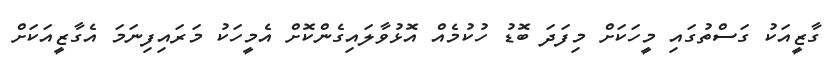
ގާޒީއަކު ގަސްތުގައި މީހަކަށް މިފަދަ ބޮޑު ހުކުމެއް އޮޅުވާލައިގެންކޮށް އެމީހަކު މަރައިފިނަމަ އެގާޒީއަކަށް